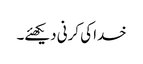
خدا کی کرنی دیکھئے۔